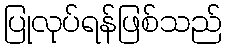
ပြုလုပ်ရန်ဖြစ်သည်